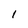
Character: I